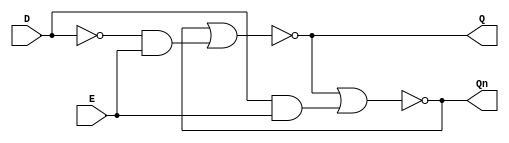
`timescale 1ns / 1ps
//////////////////////////////////////////////////////////////////////////////////
// Company: 
// Engineer: 
// 
// Design Name: 
// Module Name: D_L_neg
// Project Name: 
// Target Devices: 
// Tool Versions: 
// Description: 
// 
// Dependencies: 
// 
// Revision:
// Revision 0.01 - File Created
// Additional Comments:
// 
//////////////////////////////////////////////////////////////////////////////////


module D_L_neg(

    input D,
    input E,
    output Q,
    output Qn

    );
    
    assign #1 Q = ~(Qn | (~D & E));
    
    assign #1 Qn = ~(Q | (D & E));
   
    
    
    
endmodule